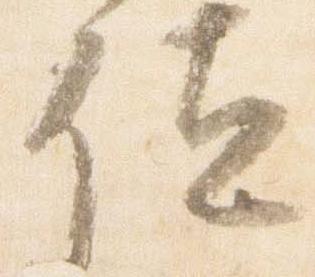
位